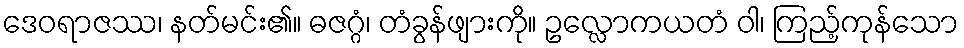
ဒေဝရာဇဿ၊ နတ်မင်း၏။ ဓဇဂ္ဂံ၊ တံခွန်ဖျားကို။ ဥလ္လောကယတံ ဝါ၊ ကြည့်ကုန်သော